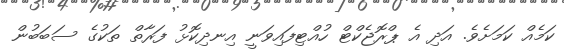
ކަމެއް ކަމަށެވެ. އަދި އެ ޕްރޮޖެކްޓް ހުއްޓިފައިވަނީ އިނދިކޮޅު ފަރާތް ތަކުގެ ސަބަބުން